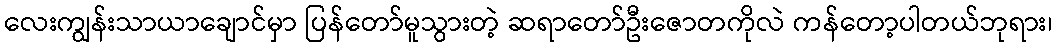
လေးကျွန်းသာယာချောင်မှာ ပြန်တော်မူသွားတဲ့ ဆရာတော်ဦးဇောတကိုလဲ ကန်တော့ပါတယ်ဘုရား၊